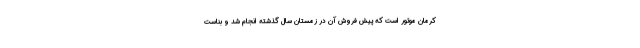
کرمان موتور است که پیش فروش آن در زمستان سال گذشته انجام شد و بناست